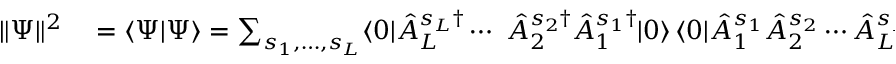
\begin{array} { r l } { \| \Psi \| ^ { 2 } } & { { } \textstyle = \langle \Psi | \Psi \rangle \stackrel { } { = } \sum _ { s _ { 1 } , \dotsc , s _ { L } } \langle 0 | \hat { A } _ { L } ^ { s _ { L } \dag } \dotsb \ \hat { A } _ { 2 } ^ { s _ { 2 } \dag } \hat { A } _ { 1 } ^ { s _ { 1 } \dag } | 0 \rangle \, \langle 0 | \hat { A } _ { 1 } ^ { s _ { 1 } } \hat { A } _ { 2 } ^ { s _ { 2 } } \dotsb \hat { A } _ { L } ^ { s _ { L } } | 0 \rangle } \end{array}